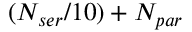
( N _ { s e r } / 1 0 ) + N _ { p a r }